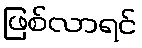
ဖြစ်လာရင်